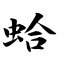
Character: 蛤